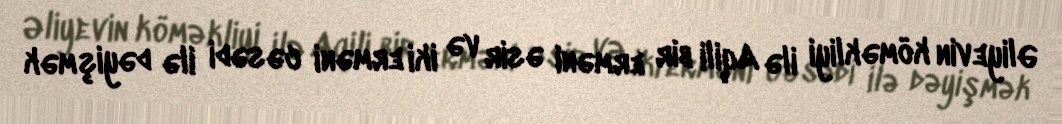
Əliyevin köməkliyi ilə Aqili bir erməni əsir və iki erməni cəsədi ilə dəyişmək